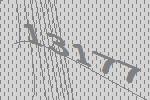
13177